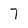
Character: 7